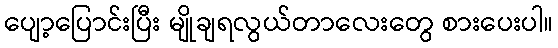
ပျော့ပြောင်းပြီး မျိုချရလွယ်တာလေးတွေ စားပေးပါ။